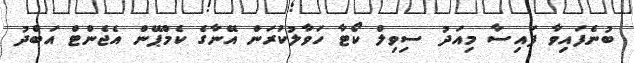
ބުނެފައިވާ ފައިސާ މިއަދު ސިވިލް ކޯޓާ ހަވާލުކުރަން އޭނާގެ ކެމްޕޭން އެޖެންޓް އަބްދު